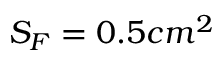
S _ { F } = 0 . 5 c m ^ { 2 }